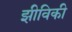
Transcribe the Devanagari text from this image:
झीविकी